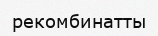
рекомбинатты